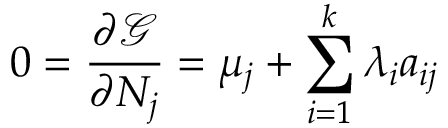
0 = { \frac { \partial { \mathcal { G } } } { \partial N _ { j } } } = \mu _ { j } + \sum _ { i = 1 } ^ { k } \lambda _ { i } a _ { i j }